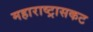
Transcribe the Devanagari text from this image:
महाराष्ट्रासकट